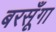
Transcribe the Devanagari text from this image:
बरसूँगा